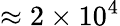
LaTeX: \approx 2\times 10^{4}